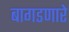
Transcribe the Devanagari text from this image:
बागडणारे